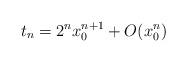
LaTeX: \begin{align*} t_n=2^nx_0^{n+1}+O(x_0^n) \end{align*}